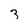
Character: 3